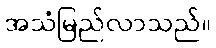
အသံမြည်လာသည်။